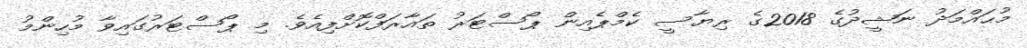
މުޙައްމަދު ނަޝީދުގެ 2018ގެ ރިޔާސީ ކެމްޕެއިން ޕޯސްޓަރު ތައާރަފްކޮށްފިއެވެ. މި ޕޯސްޓަރުގައިވާ މުހިންމު